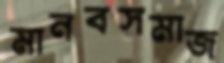
মানবসমাজ